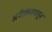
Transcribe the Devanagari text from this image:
अर्थसंकल्पासून